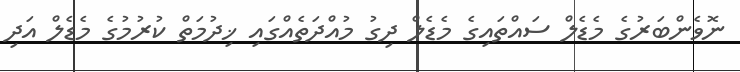
ނޮވެންބަރުގެ މެޑެލް ސައްތައިގެ މެޑެލް ދިގު މުއްދަތެއްގައި ޚިދުމަތް ކުރުމުގެ މެޑެލް އަދި